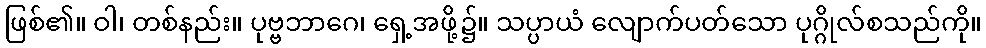
ဖြစ်၏။ ဝါ၊ တစ်နည်း။ ပုဗ္ဗဘာဂေ၊ ရှေ့အဖို့၌။ သပ္ပာယံ လျောက်ပတ်သော ပုဂ္ဂိုလ်စသည်ကို။